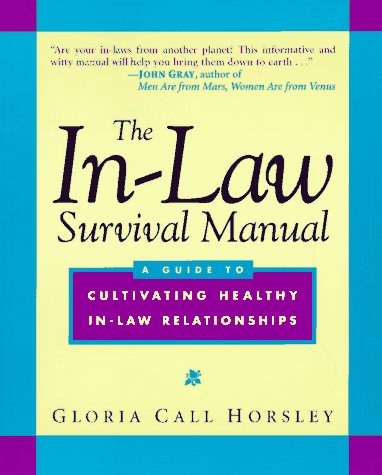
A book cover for The In-Law Survival Manual: A Guide to Cultivating Healthy In-Law Relationships (Wiley Series in Couples and Family Dynamics and Treatment); Gloria Call Horsley; Parenting & Relationships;